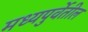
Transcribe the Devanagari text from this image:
मध्यपुर्वेतील